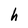
Character: h